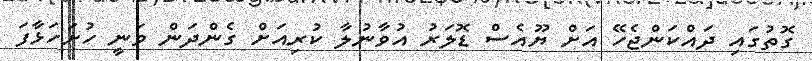
ގޮތުގައި ދައްކަންޖެހޭ އަށް ޔޫއެސް ޑޮލަރު އުވާނުލާ ކުރިއަށް ގެންދަން ވަނީ ހުށަހަޅާފަ